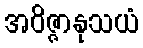
အဝိဇ္ဇာနုသယံ